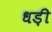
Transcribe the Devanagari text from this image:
धड़ी